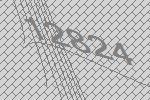
12824